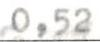
0,52